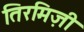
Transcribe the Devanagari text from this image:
तिरमिज़ी